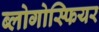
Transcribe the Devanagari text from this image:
ब्लोगोस्फियर